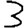
Digit: 3